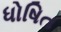
ધોષિત